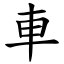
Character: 車